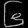
Digit: ၆